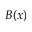
B ( x )